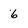
Character: 6